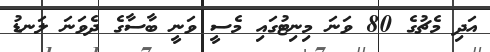
އަދި މެޗުގެ 80 ވަނަ މިނިޓުގައި މެސީ ވަނީ ބާސާގެ ދެވަނަ ލަނޑު